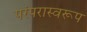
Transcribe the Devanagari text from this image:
परंपरास्वरूप